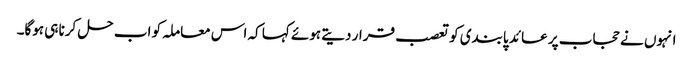
انہوں نے حجاب پر عائد پابندی کو تعصب قرار دیتے ہوئے کہا کہ اس معاملہ کو اب حل کرنا ہی ہوگا۔